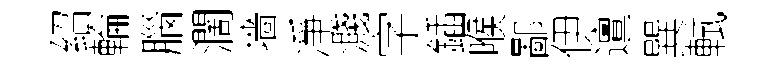
绍輪腦濶墻凈濺字鍤喉鄙伊邅巽軾